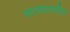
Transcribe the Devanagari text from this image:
वाजवायचीच